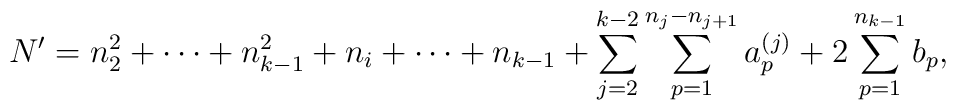
N'=n_2^2 + \cdots + n_{k-1}^2 +n_i + \cdots + n_{k-1}+\sum_{j=2}^{k-2} \sum_{p=1}^{n_j -n_{j+1}}a^{(j)}_{p} +2 \sum_{p=1}^{n_{k-1}} b_p ,